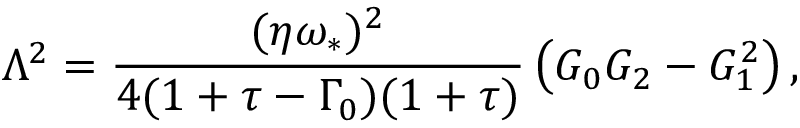
\Lambda ^ { 2 } = \frac { ( \eta \omega _ { \ast } ) ^ { 2 } } { 4 ( 1 + \tau - \Gamma _ { 0 } ) ( 1 + \tau ) } \left( G _ { 0 } G _ { 2 } - G _ { 1 } ^ { 2 } \right) ,